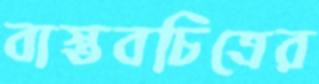
বাস্তবচিত্রের